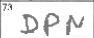
Transcription: DPN